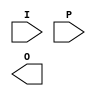
module jewel_pal (
    input wire [N-1:0] I,         // Input pins (I1, I2, ..., In)
    input wire [M-1:0] P,         // Programming signals (for AND gates)
    output wire [O-1:0] O         // Output pins
);

// Parameters
parameter N = 4;                // Number of input pins
parameter M = 3;                // Number of programmable AND gates
parameter O = 2;                // Number of output pins

// Internal wires for AND gate outputs
wire [M-1:0] and_out;

// Programmable AND gates
genvar i;
generate
    for (i = 0; i < M; i = i + 1) begin : and_gates
        // Each AND gate can be programmed using P signals
        assign and_out[i] = (P[i] == 1'b1) ? (I[0] & I[1]) : 1'b0; // Example logic
        // Add more conditions based on the programming signals for flexibility
    end
endgenerate

// Fixed OR gates
assign O[0] = and_out[0] | and_out[1]; // Example connection for output 0
assign O[1] = and_out[1] | and_out[2]; // Example connection for output 1

endmodule